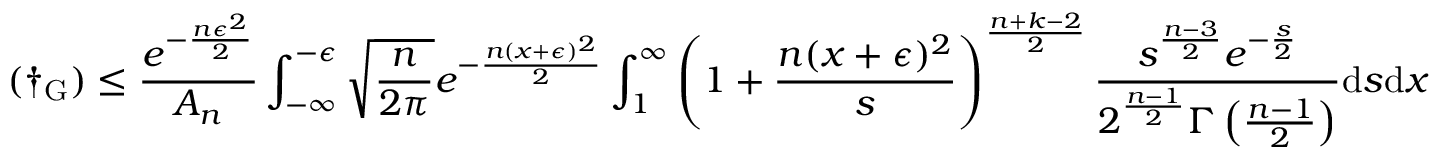
( \dagger _ { \mathrm { G } } ) \leq \frac { e ^ { - \frac { n \epsilon ^ { 2 } } { 2 } } } { A _ { n } } \int _ { - \infty } ^ { - \epsilon } \sqrt { \frac { n } { 2 \pi } } e ^ { - \frac { n ( x + \epsilon ) ^ { 2 } } { 2 } } \int _ { 1 } ^ { \infty } \left( 1 + \frac { n ( x + \epsilon ) ^ { 2 } } { s } \right) ^ { \frac { n + k - 2 } { 2 } } \frac { s ^ { \frac { n - 3 } { 2 } } e ^ { - \frac { s } { 2 } } } { 2 ^ { \frac { n - 1 } { 2 } } \Gamma \left( \frac { n - 1 } { 2 } \right) } \mathrm { d } s \mathrm { d } x